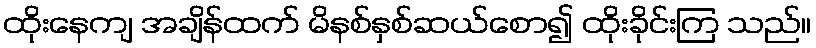
ထိုးနေကျ အချိန်ထက် မိနစ်နှစ်ဆယ်စော၍ ထိုးခိုင်းကြ သည်။